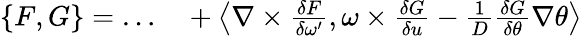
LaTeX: \begin{array}{rl}{\{ F,G\} =\ldots}&{{}+\left\langle\nabla\times\frac{\delta F}{\delta\omega^{\prime}},\omega\times\frac{\delta G}{\delta u}-\frac{1}{D}\frac{\delta G}{\delta\theta}\nabla\theta\right\rangle}\end{array}